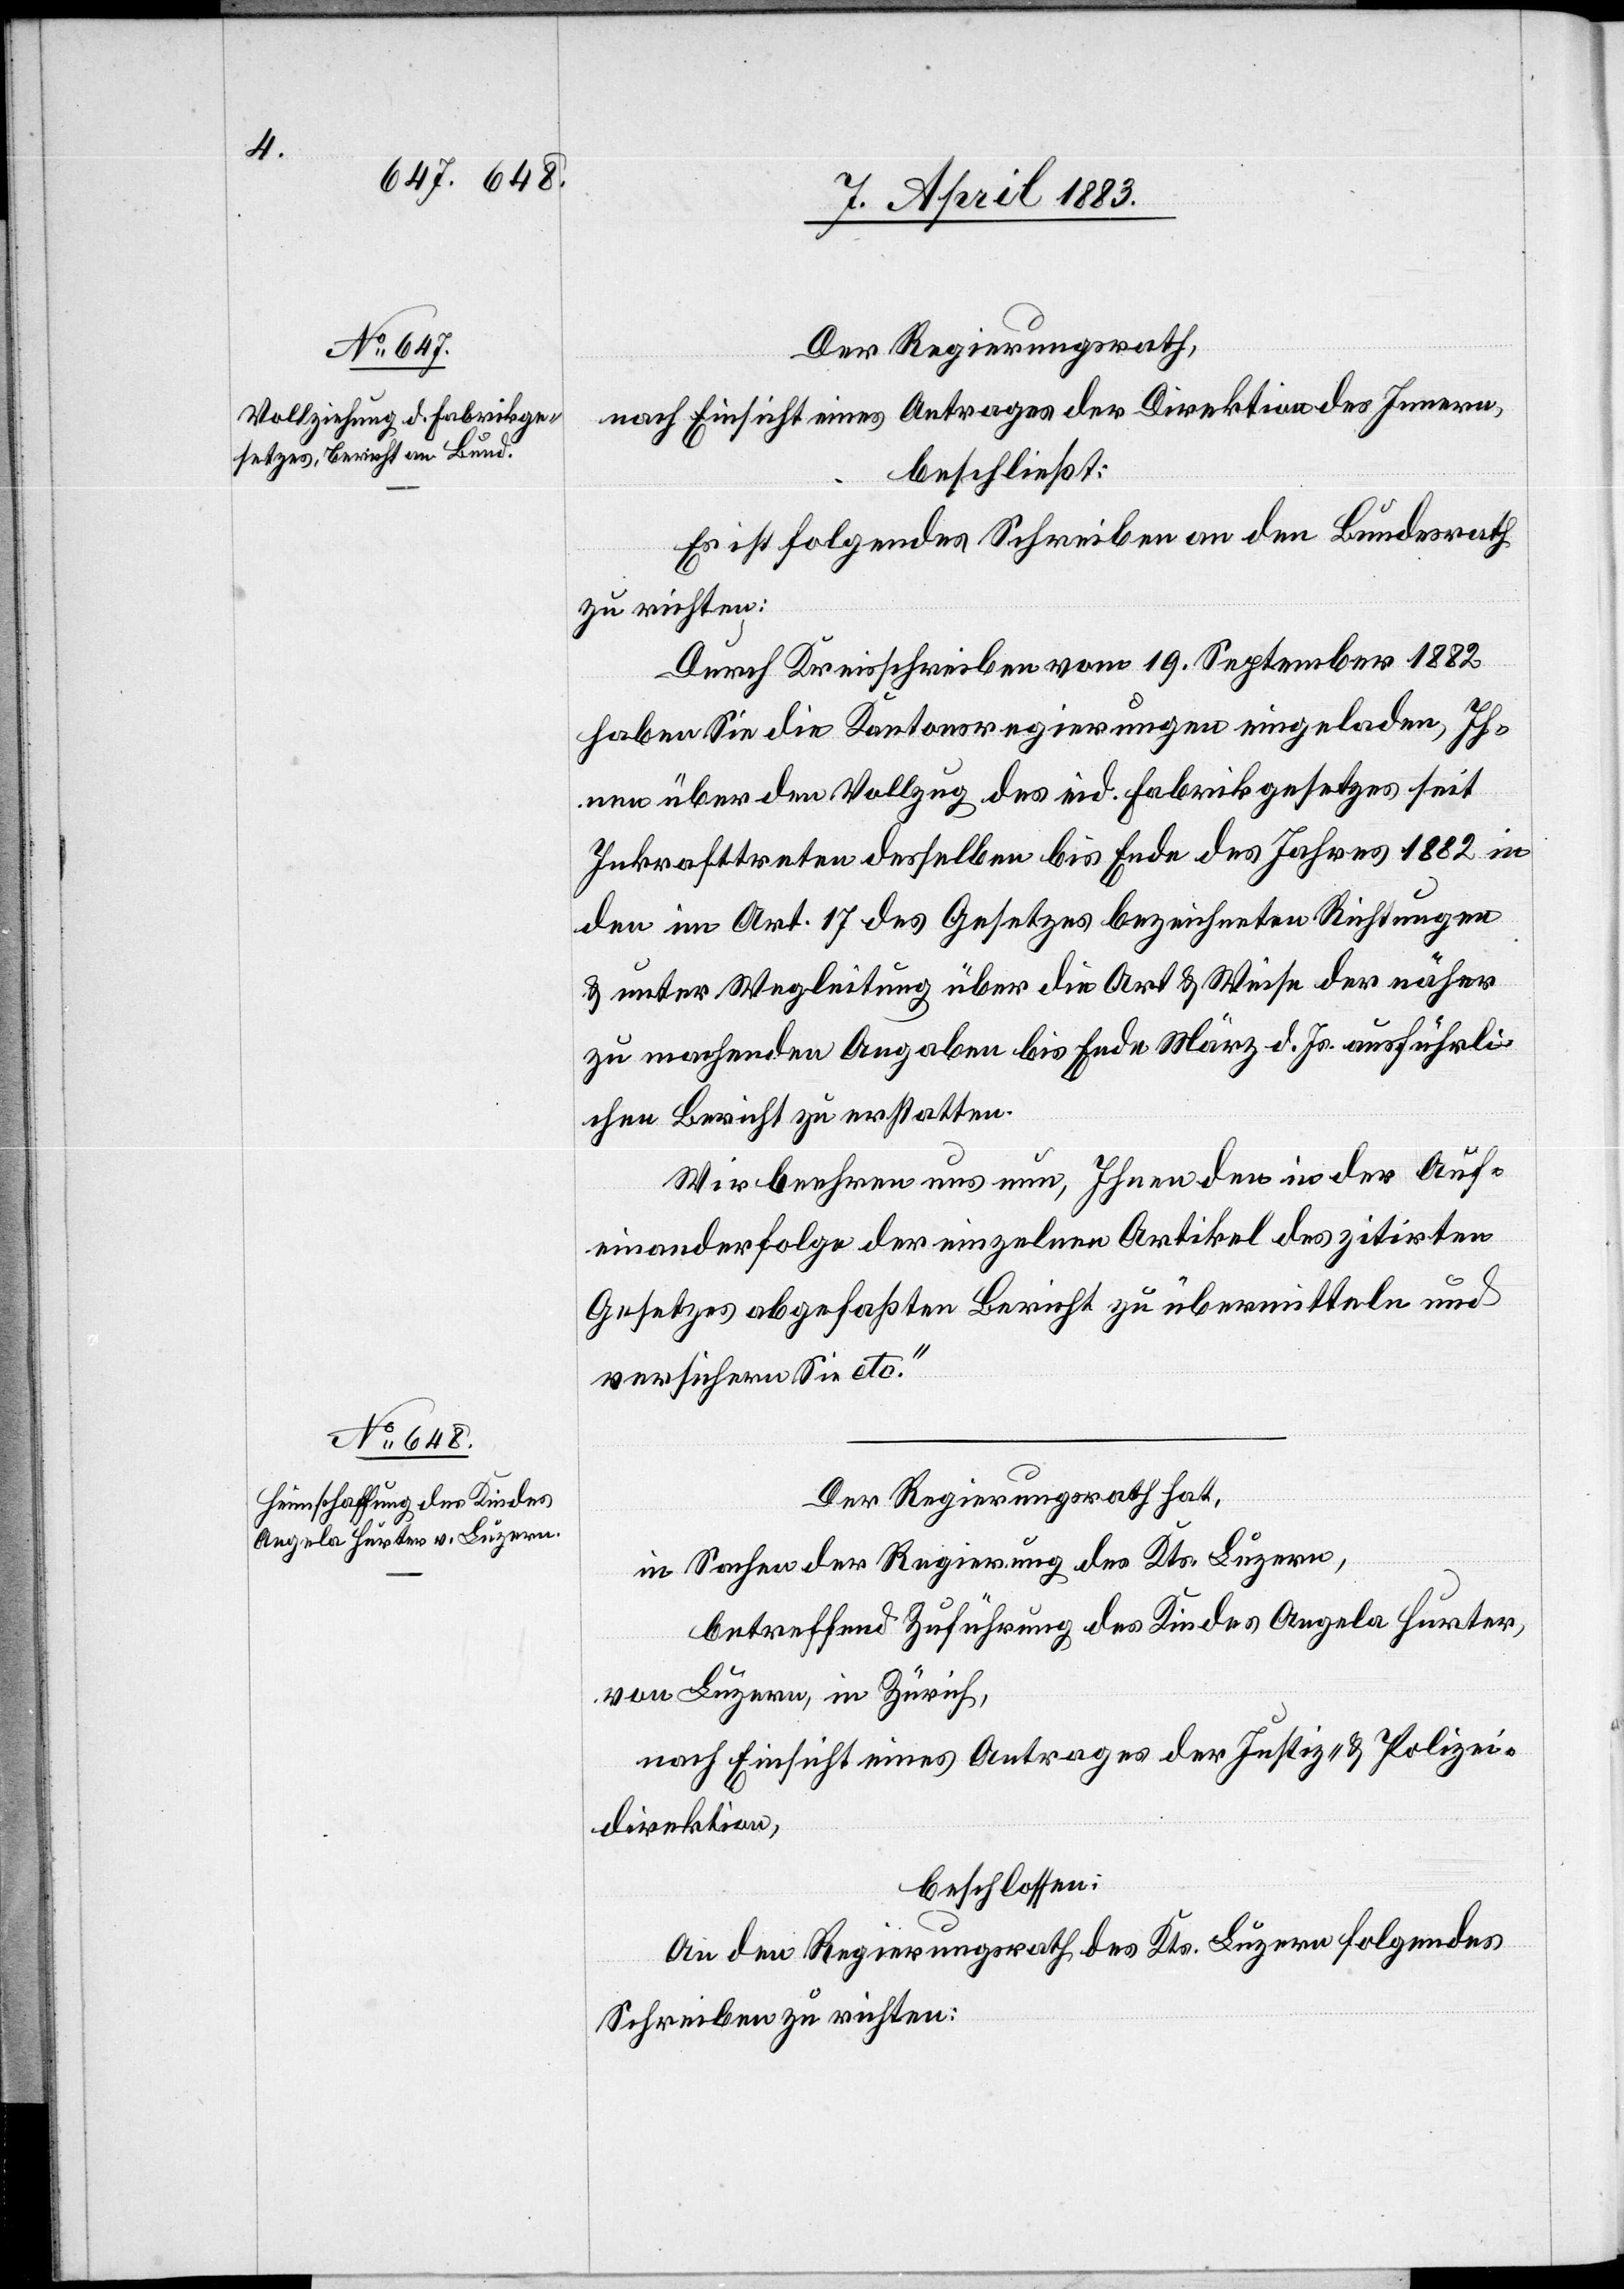
Der Regierungsrath,
nach Einsicht eines Antrages der Direktion des Innern,
beschließt:
Es ist folgendes Schreiben an den Bundesrath
zu richten:
Durch Kreisschreiben vom 19. September 1882
haben Sie die Kantonsregierungen eingeladen, Ih¬
nen über den Vollzug des eid. Fabrikgesetzes seit
Inkrafttreten desselben bis Ende des Jahres 1882 in
den im Art. 17 des Gesetzes bezeichneten Richtungen
& unter Wegleitung über die Art & Weise der näher
zu machenden Angaben bis Ende März d. Js. ausführli¬
chen Bericht zu erstatten.
Wir beehren uns nun, Ihnen den in der Auf¬
einanderfolge der einzelnen Artikel des zitirten
Gesetzes abgefaßten Bericht zu übermitteln und
versichern Sie etc.“
Der Regierungsrath hat,
in Sachen der Regierung des Kts. Luzern,
betreffend Zuführung des Kindes Angela Hurter,
von Luzern, in Zürich,
nach Einsicht eines Antrages der Justiz- & Polizei¬
direktion,
beschlossen:
An den Regierungsrath des Kts. Luzern folgendes
Schreiben zu richten: